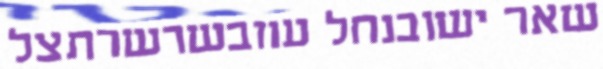
שאר ישובנחל עוזבשרשרתצל